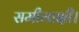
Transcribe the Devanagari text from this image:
समीमाक्षी।